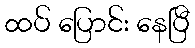
ထပ် ပြောင်း နေပြီ